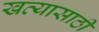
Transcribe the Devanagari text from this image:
खव्यासाठी